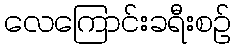
လေကြောင်းခရီးစဉ်